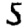
Digit: 5